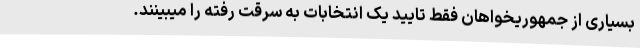
بسیاری از جمهوریخواهان فقط تایید یک انتخابات به سرقت رفته را میبینند.